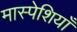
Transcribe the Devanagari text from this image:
मास्पेशियाँ